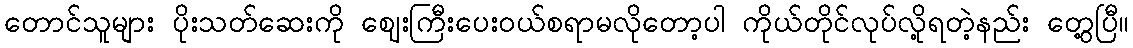
တောင်သူများ ပိုးသတ်ဆေးကို ဈေးကြီးပေးဝယ်စရာမလိုတော့ပါ ကိုယ်တိုင်လုပ်လို့ရတဲ့နည်း တွေ့ပြီ။